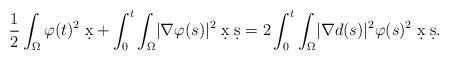
LaTeX: \begin{align*} \frac{1}{2} \int_{\Omega} \varphi (t)^2 \; \d x + \int_0^t \int_{\Omega} \lvert \nabla \varphi(s) \rvert^2 \; \d x \; \d s = 2 \int_0^t \int_{\Omega} \lvert \nabla d(s) \rvert^2 \varphi(s)^2 \; \d x \; \d s.\end{align*}